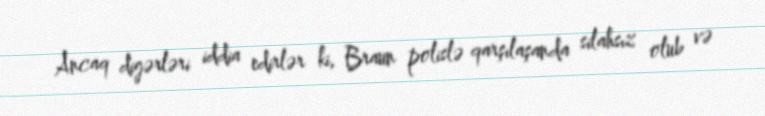
Ancaq digərləri iddia edirlər ki, Braun polislə qarşılaşanda silahsız olub və